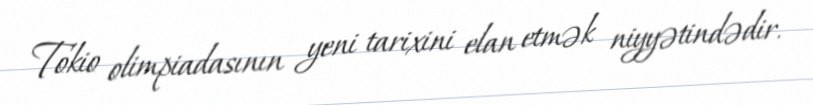
Tokio olimpiadasının yeni tarixini elan etmək niyyətindədir.